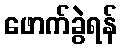
ဖောက်ခွဲရန်